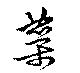
蘂